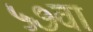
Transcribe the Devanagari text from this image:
५७वा